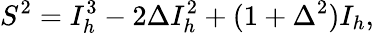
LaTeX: S^{2}=I_{h}^{3}-2\Delta I_{h}^{2}+(1+\Delta^{2})I_{h},